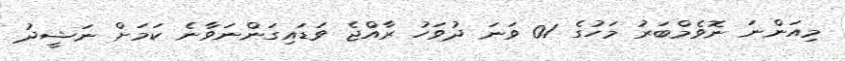
މިއަންނަ ނޮވެމްބަރު މަހުގެ 01 ވަނަ ދުވަހު ރާއްޖެ ވަޑައިގަންނަވާނެ ކަމަށް ނަޝީދު